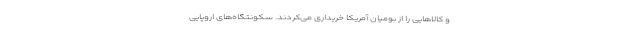
و کالاهایی را از بومیان آمریکا خریداری می‌کردند. سکونتگاه‌های اروپایی